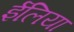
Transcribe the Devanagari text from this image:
ईलिया